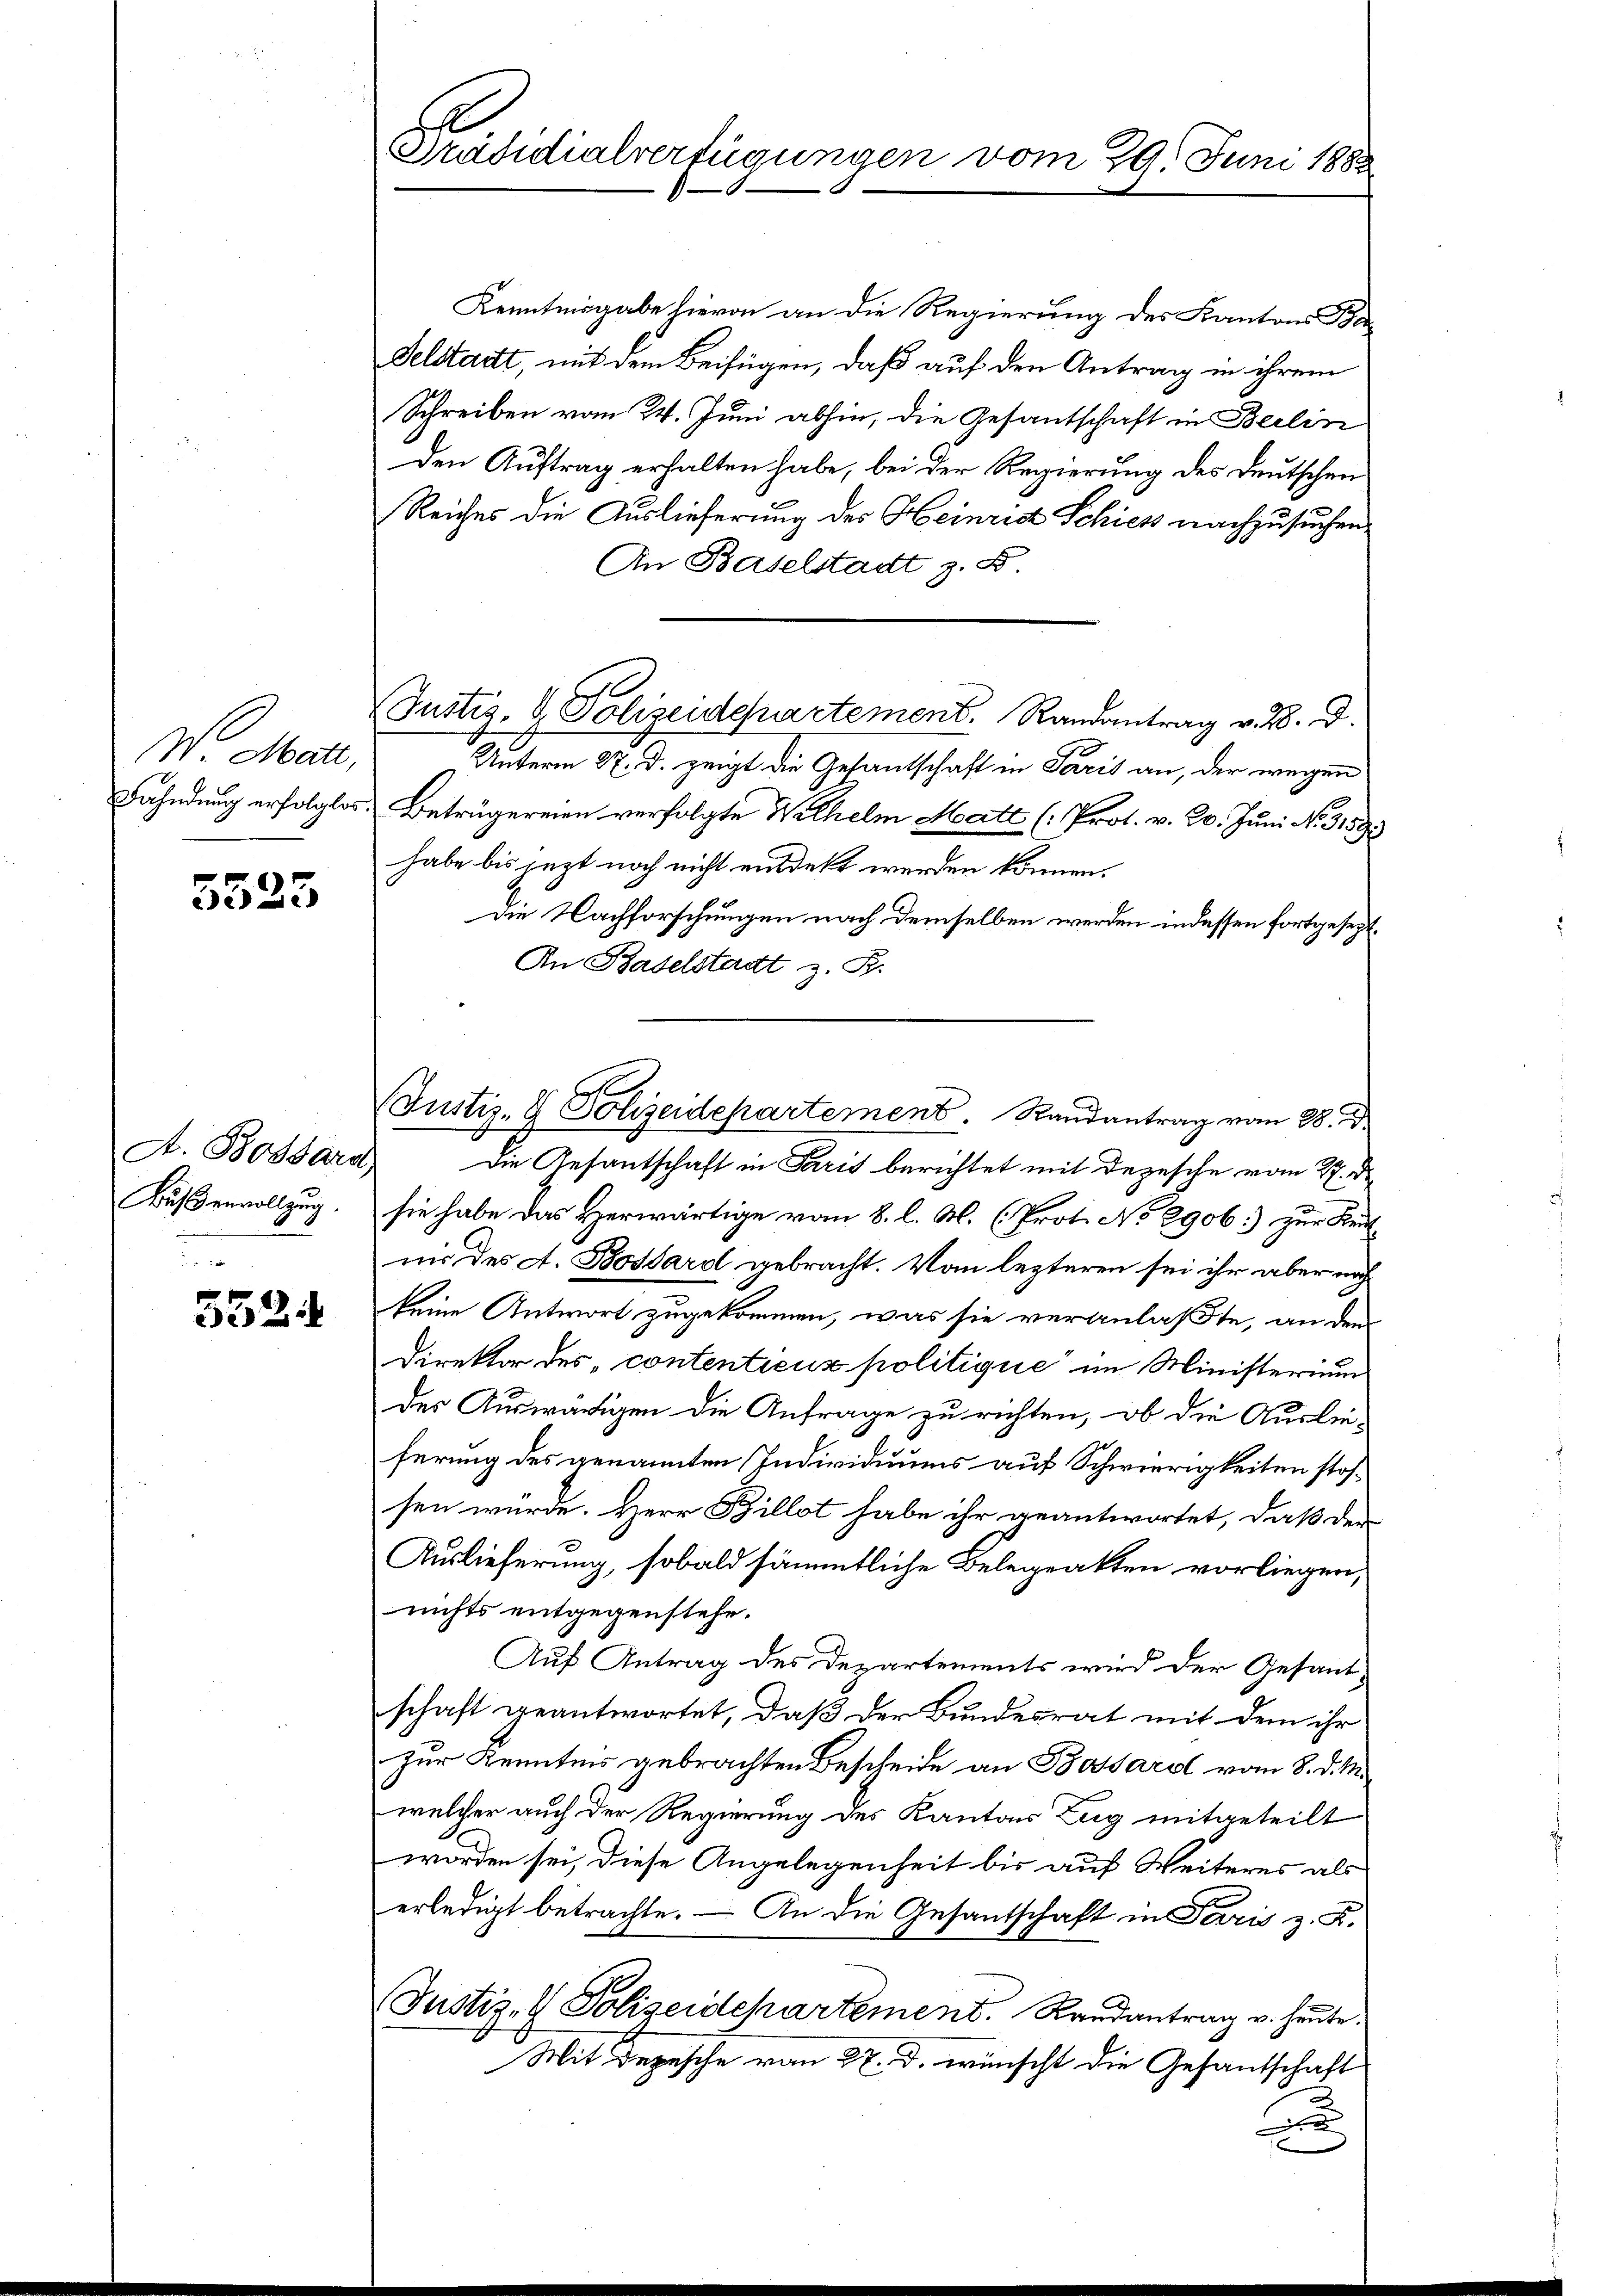
N. Mater,
Fahndung erfolglos.

5523

A. Bossard,
Bußenvollzug.

552

Präsidialverfügungen vom 20. Juni 188.

Kenntnisgabe hievon an die Regierung des Kantons Ba¬
Felstadt, mit dem Beifügen, daß auf den Antrag in ihrem
Schreiben vom 24. Juni abhin, die Gesantschaft in Berlin
den Auftrag erhalten habe, bei der Regierung des Deutschen
Reiches die Auslieferung des Heinrich Schick nachzusuchen
An Baselstadt z. B.
Justiz- & Polizeidepartement. Randantrag v. 28. d.
Unterm 27. d. zeigt die Gesantschaft in Paris an, der wegen
Beträgereien verfolgte Wilhelm Matt (Prot. v. 20. Juni No. 3159)
habe bis jezt noch nicht entdekt werden können.
Die Nachforschungen nach demselben werden indessen fortgesezt,
In Baselstadt z. B.
Die Gesantschaft in Paris berichtet mit depesche vom 27. d.
sie habe das Herwärtige vom 8. l. M. (Prot. No 2906) zur Rect
nir des A. Bossard gebracht. Vom lezteren sei ihr aber noch
keine Antwort zugekommen, was sie veranlaßte, an den
Direktor des contentieux politique im Ministerium
des Auswärtigen die Anfrage zu richten, ob die Auslie-
ferung des genannten Individuums auf Schwierigkeiten stossen würde. Herr Billet habe ihr geantwortet, daß der
Auslieferung, sobald sämmtliche Belegrakten vorliegen,
nichts entgegenstehe.
Auf Antrag des Departements wird der Gesant-
schaft geantwortet, daß der Bundesrat mit dem ihr
Zur Kenntnis gebrachten Bescheide an Bossarol vom 8. d. M.
welcher auch der Regierung des Kantons Zug mitgeteilt
worden sei, diese Angelegenheit bis auf Weiteres als
erledigt betrachte. — An die Gesantschaft in Paris z. R.
Justiz- & Polizeidepartement. Randantrag u. heute.
Mit Depesche vom 27. d. wünscht die Gesantschaft
n

Justiz- & Polizeidepartement. Randantrag vom 28. d.